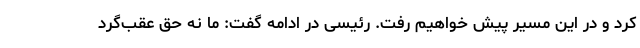
کرد و در این مسیر پیش خواهیم رفت. رئیسی در ادامه گفت: ما نه حق عقب‌گرد